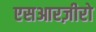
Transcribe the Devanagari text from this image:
एसआरज़ीरो